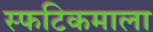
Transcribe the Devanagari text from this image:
स्फटिकमाला